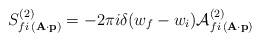
LaTeX: \begin{align*}S_{fi\,({\bf A\cdot p})}^{(2)}=-2\pi i\delta (w_{f}-w_{i}){\cal A}_{fi\,( {\bf A\cdot p})}^{(2)}\end{align*}